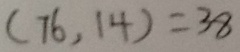
( 7 6 , 1 4 ) = 3 8